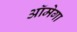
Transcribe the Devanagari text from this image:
ऑमेगा